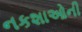
નકશાઓની